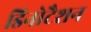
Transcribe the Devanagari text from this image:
डिनोटैशन